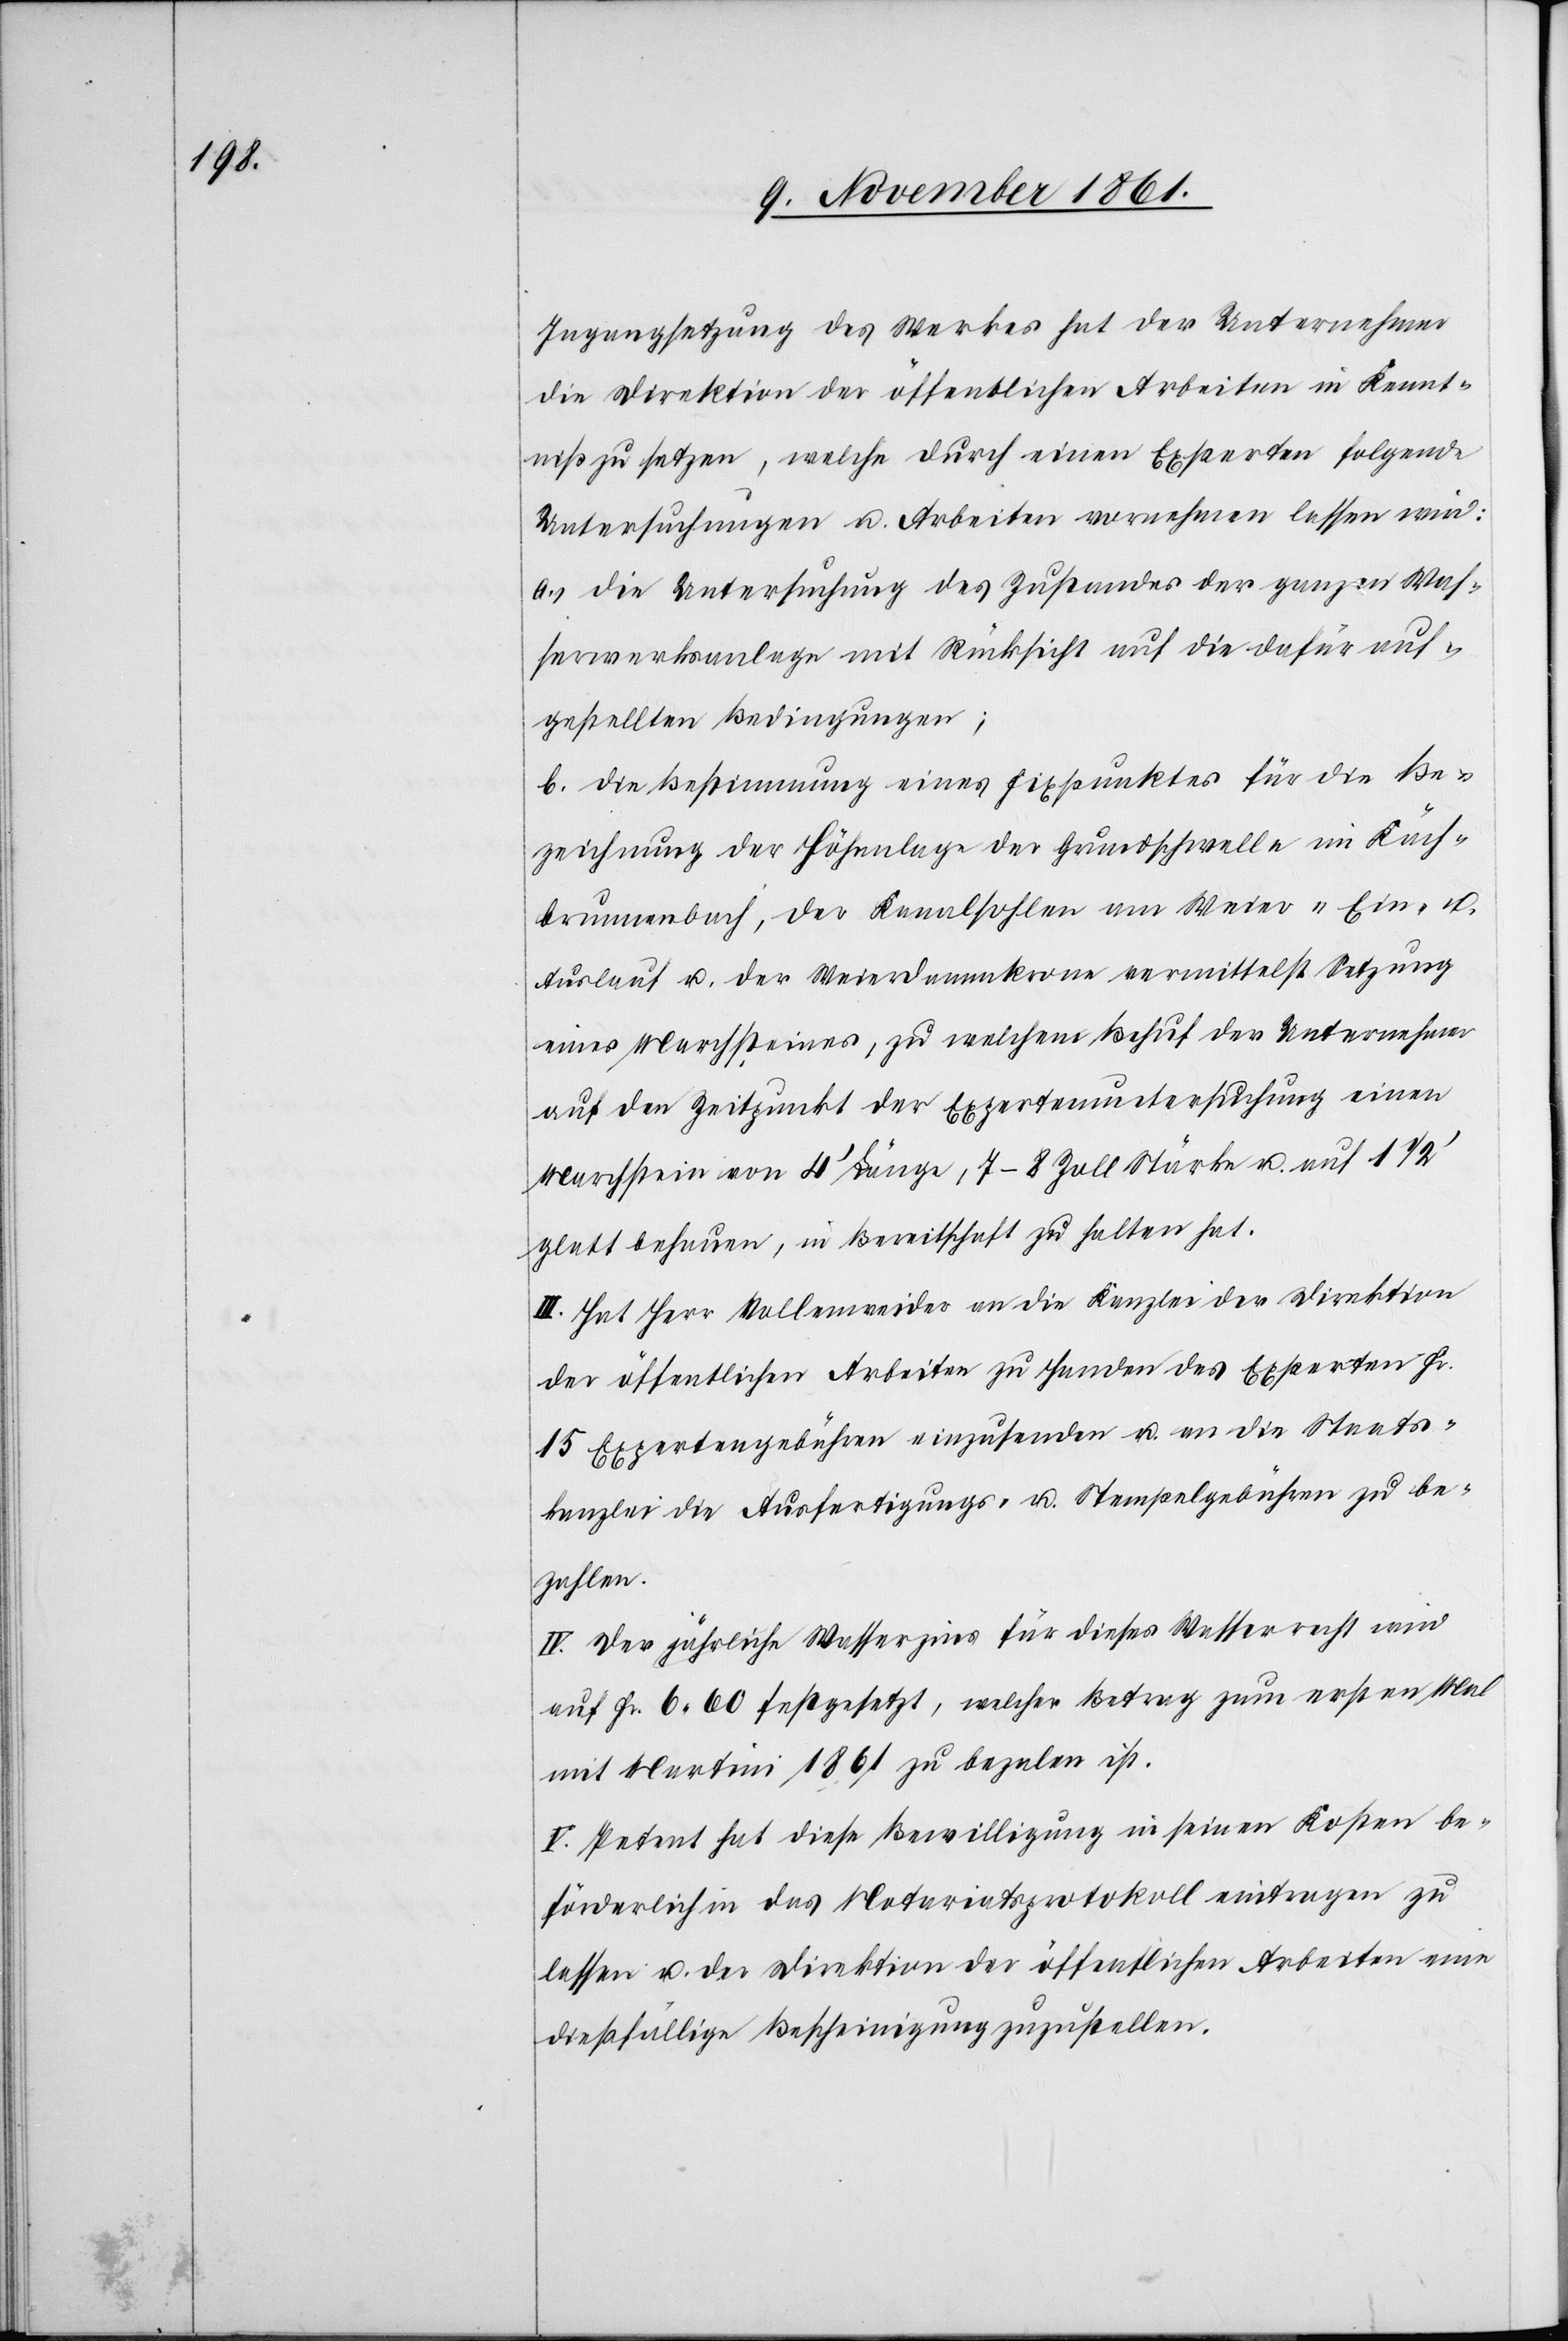
Ingangsetzung des Werkes hat der Unternehmer
die Direktion der öffentlichen Arbeiten in Kennt¬
niß zu setzen, welche durch einen Experten folgende
Untersuchungen u. Arbeiten vornehmen lassen wird:
a.) die Untersuchung des Zustandes der ganzen Was¬
serwerksanlage mit Rücksicht auf die dafür auf¬
gestellten Bedingungen;
b. die Bestimmung eines Fixpunktes für die Be¬
zeichnung der Höhenlage der Grundschwelle im Käch¬
brunnenbach, der Kanalsohlen am Weier „Ein-
Auslauf[“] u. der Weierdammkrone vermittelst Setzung
eines Marchsteines, zu welchem Behuf der Unternehmer
auf den Zeitpunkt der Expertenuntersuchung einen
Marchstein von 4’ Länge, 7–8 Zoll Stärke u. auf 1 1/2
glatt behauen, in Bereitschaft zu halten hat.
III. Hat Herr Vollenweider an die Kanzlei der Direktion
der öffentlichen Arbeiten zu Handen des Experten Fr.
15 Expertengebühren einzusenden u. an die Staats¬
kanzlei die Ausfertigungs- u. Stempelgebühren zu be¬
zahlen.
IV. Der jährliche Wasserzins für dieses Wasserrecht wird
auf Fr. 6. 60 festgesetzt, welcher Betrag zum ersten Mal
mit Martini 1861 zu bezalen ist.
V. Petent hat diese Bewilligung in seinen Kosten be¬
förderlich in das Notariatsprotokoll eintragen zu
lassen u. der Direktion der öffentlichen Arbeiten neue
dießfällige Bescheinigung zuzustellen.